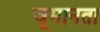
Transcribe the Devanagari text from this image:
जूमानता